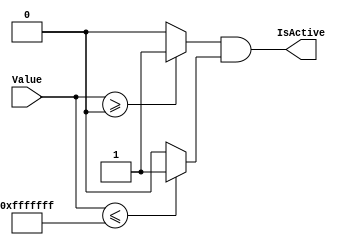
`timescale 1ns/1ps
`default_nettype none
// PLEASE READ THIS, IT MAY SAVE YOU SOME TIME AND MONEY, THANK YOU!
// * This file was generated by Quokka FPGA Toolkit.
// * Generated code is your property, do whatever you want with it
// * Place custom code between [BEGIN USER ***] and [END USER ***].
// * CAUTION: All code outside of [USER] scope is subject to regeneration.
// * Bad things happen sometimes in developer's life,
//   it is recommended to use source control management software (e.g. git, bzr etc) to keep your custom code safe'n'sound.
// * Internal structure of code is subject to change.
//   You can use some of signals in custom code, but most likely they will not exist in future (e.g. will get shorter or gone completely)
// * Please send your feedback, comments, improvement ideas etc. to evmuryshkin@gmail.com
// * Visit https://github.com/EvgenyMuryshkin/QuokkaEvaluation to access latest version of playground
//
// DISCLAIMER:
//   Code comes AS-IS, it is your responsibility to make sure it is working as expected
//   no responsibility will be taken for any loss or damage caused by use of Quokka toolkit.
//
// System configuration name is AXI4InteconnectModule_2x2_TopLevel_writeInterconnect_rangeDetectorArray1_rangeDetectors0, clock frequency is 1Hz, Embedded
// FSM summary
// -- Packages
module AXI4InteconnectModule_2x2_TopLevel_writeInterconnect_rangeDetectorArray1_rangeDetectors0
(
	// [BEGIN USER PORTS]
	// [END USER PORTS]
	input wire [31:0] Value,
	output wire IsActive
);
	// [BEGIN USER SIGNALS]
	// [END USER SIGNALS]
	localparam HiSignal = 1'b1;
	localparam LoSignal = 1'b0;
	wire Zero = 1'b0;
	wire One = 1'b1;
	wire true = 1'b1;
	wire false = 1'b0;
	wire [0: 0] rangeFrom = 1'b0;
	wire [27: 0] rangeTo = 28'b1111111111111111111111111111;
	wire [31: 0] Inputs_Value;
	wire RangeDetectorModule_L33F33T85_Expr;
	wire RangeDetectorModule_L33F33T85_Expr_1;
	wire RangeDetectorModule_L33F33T85_Expr_2;
	wire RangeDetectorModule_L33F33T58_Expr;
	wire signed [32: 0] RangeDetectorModule_L33F33T58_ExprLhs;
	wire signed [32: 0] RangeDetectorModule_L33F33T58_ExprRhs;
	wire RangeDetectorModule_L33F62T85_Expr;
	wire signed [32: 0] RangeDetectorModule_L33F62T85_ExprLhs;
	wire signed [32: 0] RangeDetectorModule_L33F62T85_ExprRhs;
	assign RangeDetectorModule_L33F33T58_Expr = RangeDetectorModule_L33F33T58_ExprLhs >= RangeDetectorModule_L33F33T58_ExprRhs ? 1'b1 : 1'b0;
	assign RangeDetectorModule_L33F62T85_Expr = RangeDetectorModule_L33F62T85_ExprLhs <= RangeDetectorModule_L33F62T85_ExprRhs ? 1'b1 : 1'b0;
	assign RangeDetectorModule_L33F33T85_Expr = RangeDetectorModule_L33F33T85_Expr_1 & RangeDetectorModule_L33F33T85_Expr_2;
	assign RangeDetectorModule_L33F33T58_ExprLhs = {
		1'b0,
		Inputs_Value
	}
	;
	assign RangeDetectorModule_L33F33T58_ExprRhs = {
		{32{1'b0}},
		rangeFrom
	}
	;
	assign RangeDetectorModule_L33F62T85_ExprLhs = {
		1'b0,
		Inputs_Value
	}
	;
	assign RangeDetectorModule_L33F62T85_ExprRhs = {
		{5{1'b0}},
		rangeTo
	}
	;
	assign RangeDetectorModule_L33F33T85_Expr_1 = RangeDetectorModule_L33F33T58_Expr;
	assign RangeDetectorModule_L33F33T85_Expr_2 = RangeDetectorModule_L33F62T85_Expr;
	assign Inputs_Value = Value;
	assign IsActive = RangeDetectorModule_L33F33T85_Expr;
	// [BEGIN USER ARCHITECTURE]
	// [END USER ARCHITECTURE]
endmodule